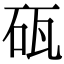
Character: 砙